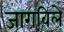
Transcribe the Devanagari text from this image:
जागविले